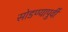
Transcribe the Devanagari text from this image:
सोडण्यापुर्वी